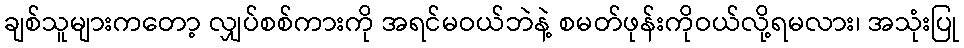
ချစ်သူများကတော့ လျှပ်စစ်ကားကို အရင်မဝယ်ဘဲနဲ့ စမတ်ဖုန်းကိုဝယ်လို့ရမလား၊ အသုံးပြု